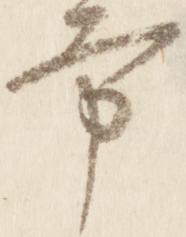
方